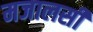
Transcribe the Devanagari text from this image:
मजालसी